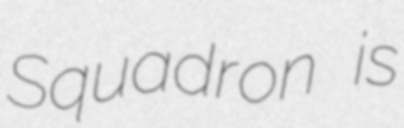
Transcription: Squadron is